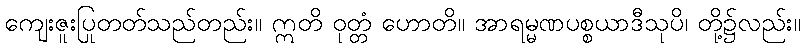
ကျေးဇူးပြုတတ်သည်တည်း။ ဣတိ ဝုတ္တံ ဟောတိ။ အာရမ္မဏပစ္စယာဒီသုပိ၊ တို့၌လည်း။